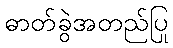
ဓာတ်ခွဲအတည်ပြု